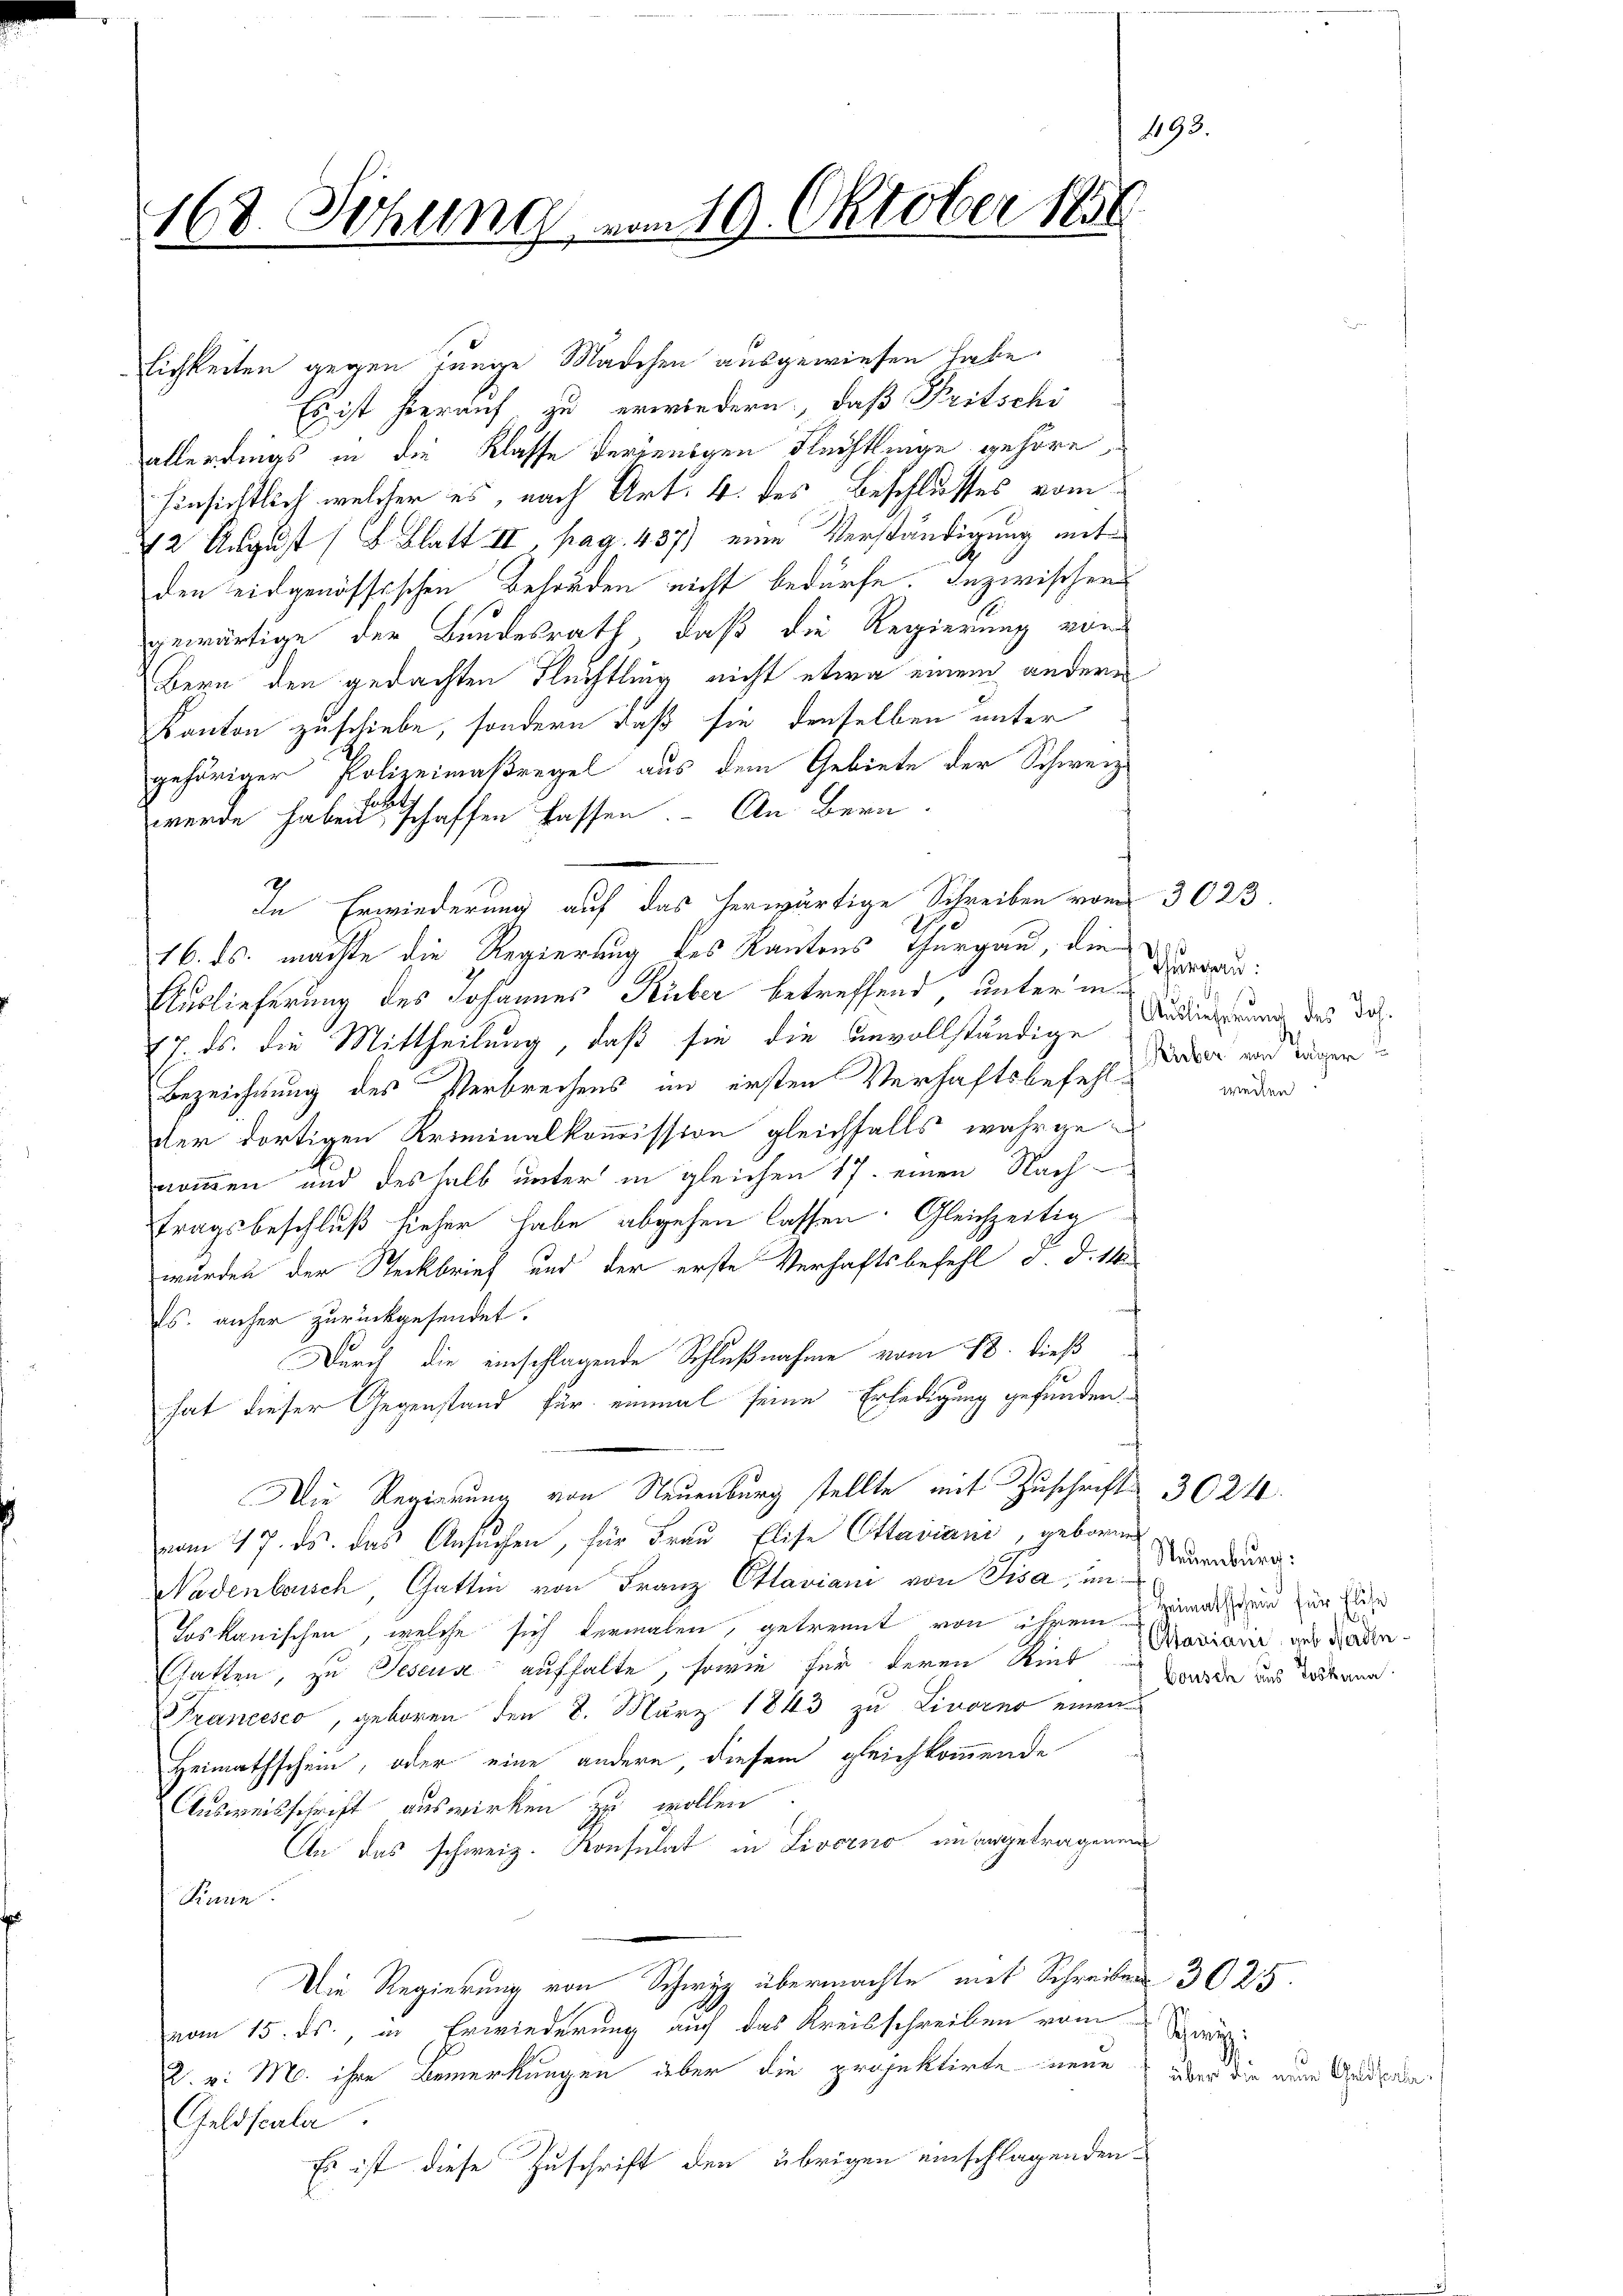
168 Sitzung vom 19. Oktober 185
l

lichkeiten gegen Junge Mädchen ausgewiesen habe.
Es ist hierauf zu erwiedern, daß Fritschi
allerdings in die Klasse derjenigen Flüchtlinge gehöre,
hinsichtlich welcher es, nach Art: 4. des Beschlusses vom
12 August (S. Blatt II, pag. 437) eine Verständigung mitden eidgenössischen Behörden nicht bedürfe. Inzwischen
gewärtige der Bundesrath, daß die Regierung vor
Bern den gedachten Fluchtling nicht etwa einem andere
Kanton zuschiebe, sondern daß sie denselben unter
gehöriger Polizeimaßregel aus dem Gebiete der Schweiz.
selch
werde haben, schaffen lassen. - An Bern
In Erwiederung auf das herwärtige Schreiben vom 3023.
16. ds. machte die Regierung des Kantons Thurgau, die
Auslieferung des Johannes Küber betreffend, unter in
17. ds. die Mittheilung, daß sie die unvollständige Bedingerung des dos.
Bezeichnung des Verbrechens im ersten Verhaftsbefehlder dortigen Kriminalkommission gleichfalls wahrgenommen und deshalb unter in gleichen 17. einen Nachtragsbeschluß hieher habe abgehen lassen. Gleichzeitig
wurden der Steckbrief und der erste Verhaftsbefehl d. d. 14
Es. anher zurückgesendet.
Durch die einschlagende Schlußnahme vom 18. dieß
hat dieser Gegenstand für einmal seine Erledigung gefunden.
Die Regierung von Neuenburg stellte mit Zuschrift 3024.
vom 17. ds. das Ansuchen, für Frau Elise Ottaviani, geboren
Nadenbausch, Gattin von Franz Ottaviani von Pisa, un
Toskanischen, welche sich vermalen, getrennt von ihrem einanzen zur An
hatten, zu Jeseua aufhalte, sowie für deren Kind Mariain, und Baden¬
Francesco, geboren den 8. März 1843 zu Livorno einen
Heimathschein, oder eine andere, diesem gleichkommende
Ausweisschrift auswirken zu wollen
An das schweiz. Konsulat in Livorno unangetragenen
Sinne
Die Regierung von Schwyz übermachte mit Schreiben 3025.
vom 15. ds., in Erwiederung auf das Kreisschreiben vom Zwei
2. v. M. ihre Bemerkungen aber die projektirte neue
Geldscala
Es ist diese Zuschrift den übrigen einschlagenden

Thurgau:
Nrrber von Täger
weilen.

193.

Neuenburg:
Bousch aus Loskana

über die neue Geldscale,